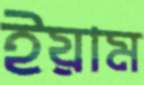
ইয়াম